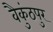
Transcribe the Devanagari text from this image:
वैकुंठपुर